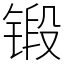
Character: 锻